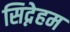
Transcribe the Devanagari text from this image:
सिद्नेहम